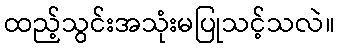
ထည့်သွင်းအသုံးမပြုသင့်သလဲ။